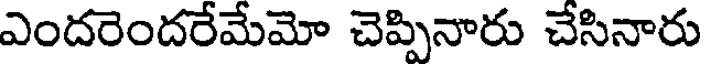
ఎందరెందరేమేమో చెప్పినారు చేసినారు